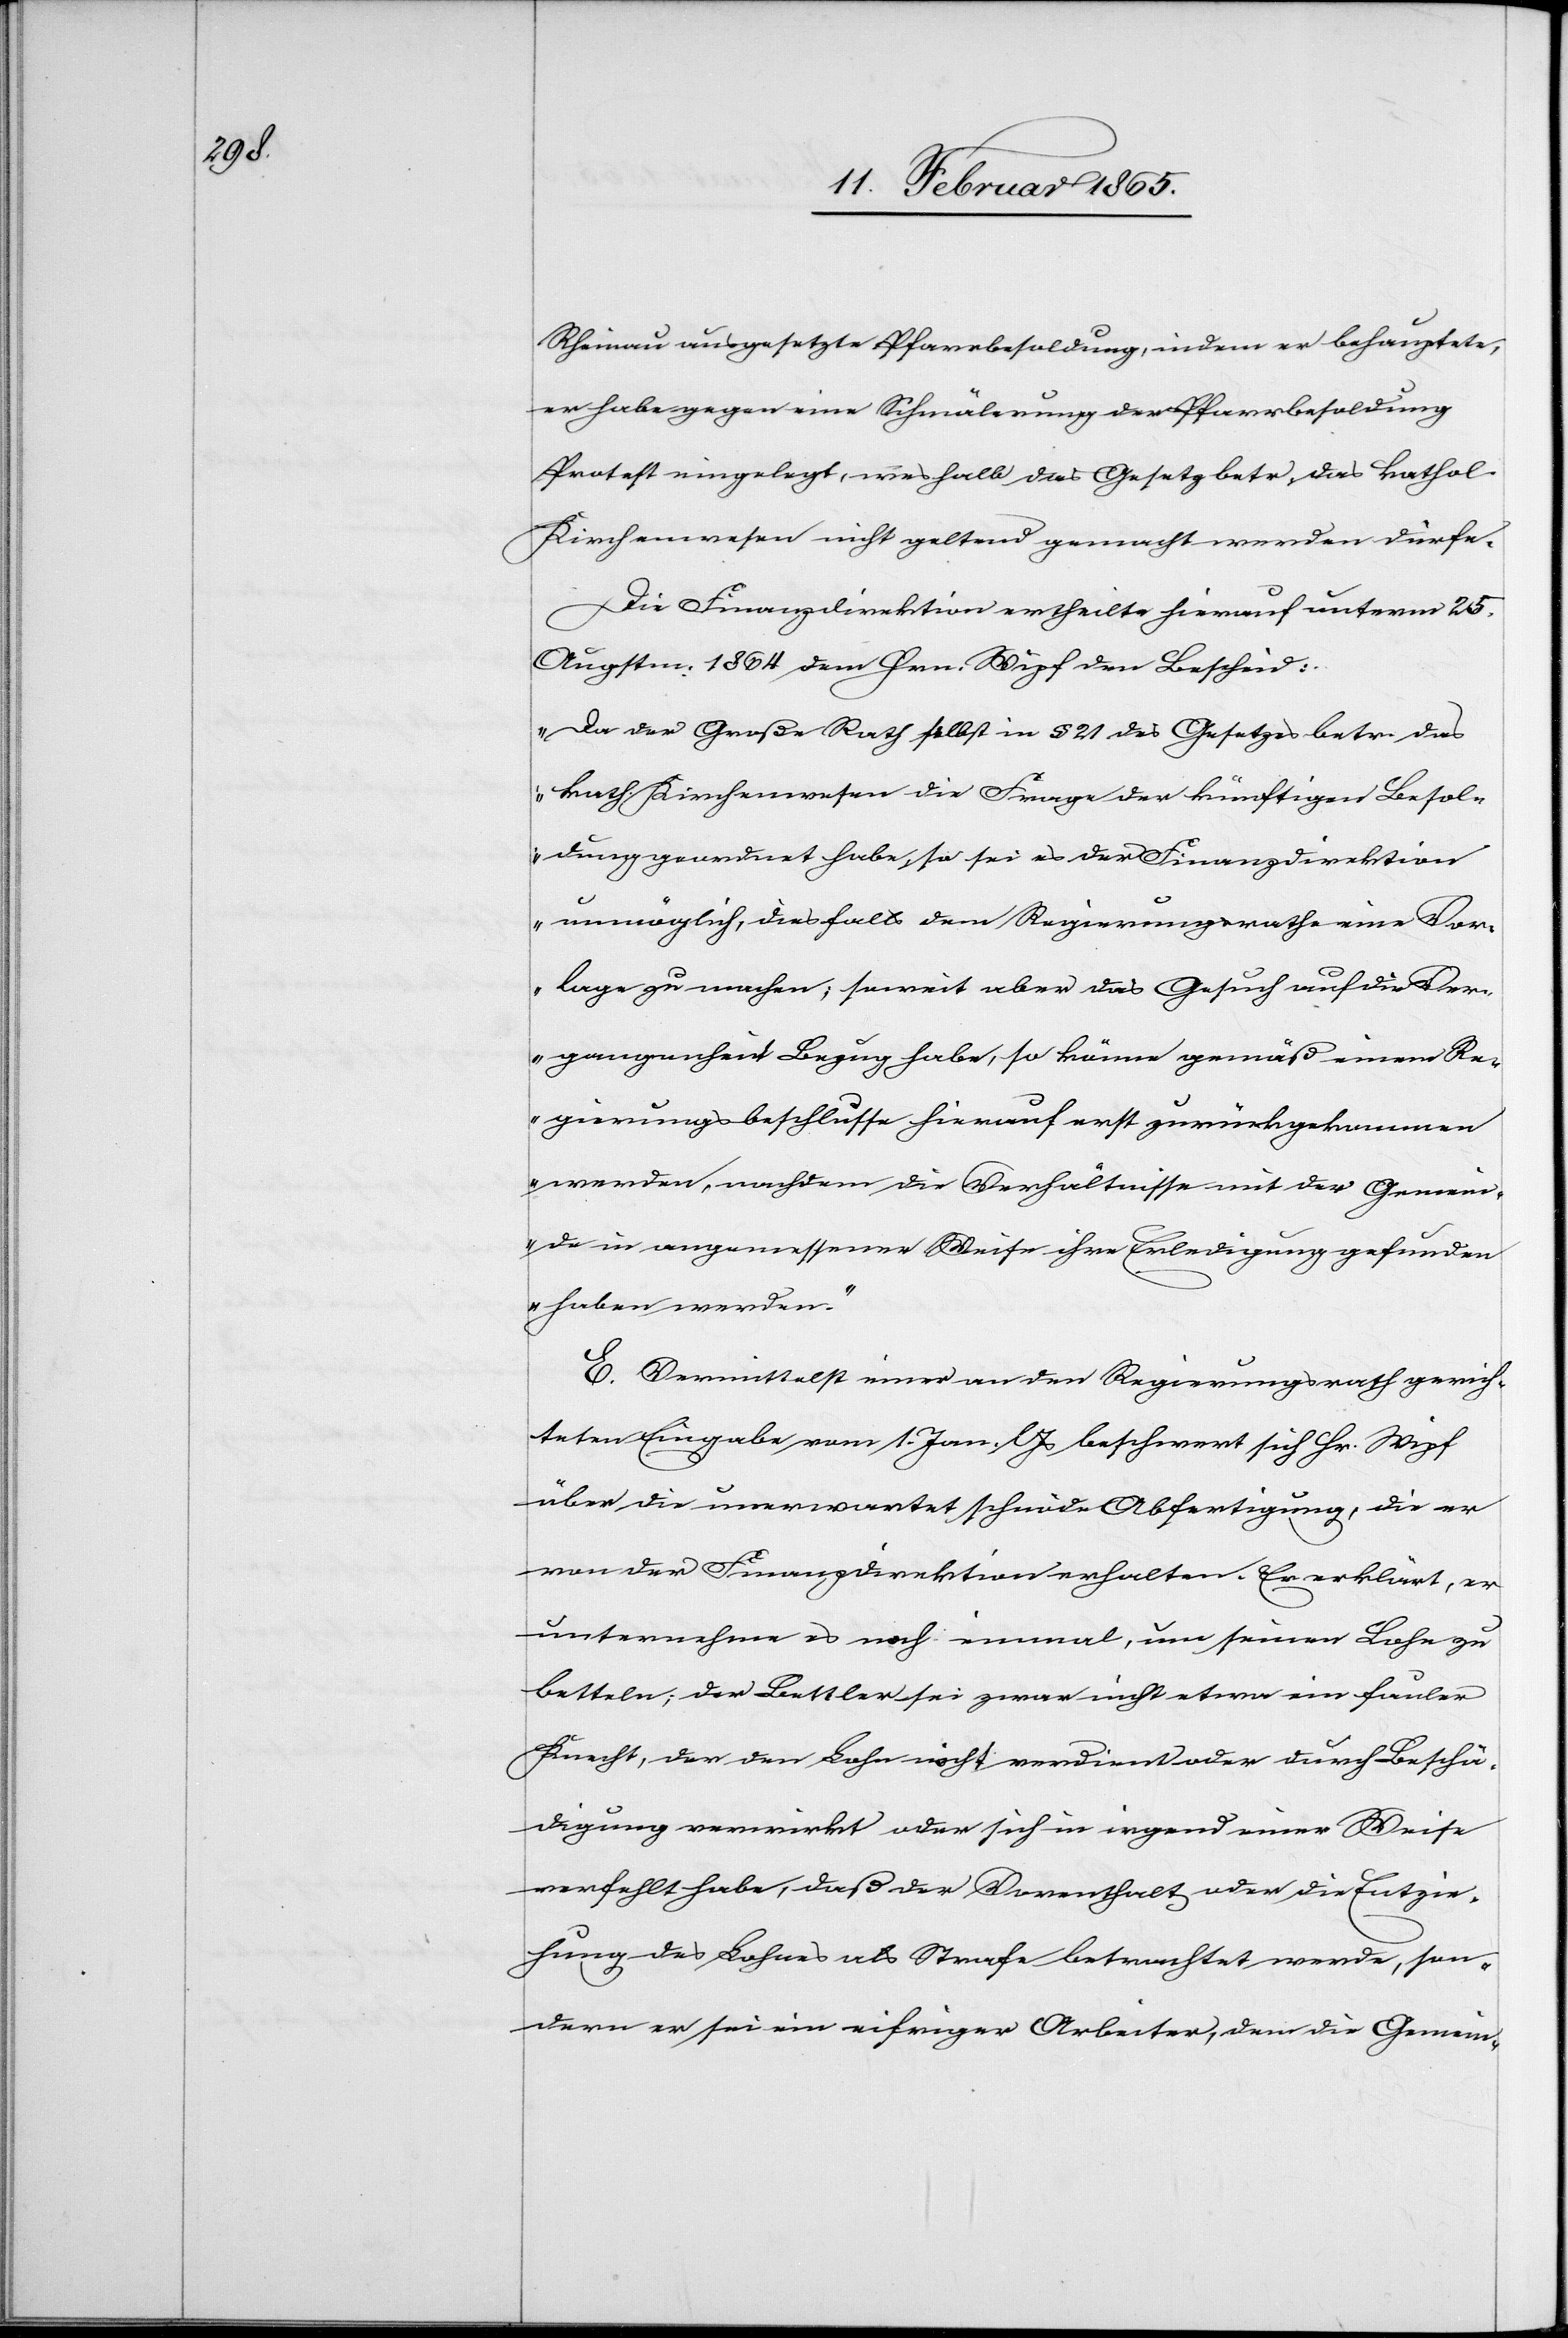
Rheinau ausgesetzte Pfarrbesoldung, indem er behauptete,
er habe gegen eine Schmälerung der Pfarrbesoldung
Protest eingelegt, weshalb das Gesetz betr. das kathol.
Kirchenwesen nicht geltend gemacht werden dürfe.
Die Finanzdirektion ertheilte hierauf unterm 25.
Augstm. 1864 dem Hrn. Wipf den Bescheid:
„Da der Große Rath selbst in § 21 des Gesetzes betr. das
kath. Kirchenwesen die Frage der künftigen Besol¬
dung geordnet habe, so sei es der Finanzdirektion
unmöglich, diesfalls dem Regierungsrathe eine Vor¬
lage zu machen; soweit aber das Gesuch auf die Ver¬
gangenheit Bezug habe, so könne gemäß einem Re¬
gierungsbeschlusse hierauf erst zurückgekommen
werden, nachdem die Verhältnisse mit der Gemein¬
de in angemessener Weise ihre Erledigung gefunden
haben werden.“
E. Vermittelst einer an den Regierungsrath gerich¬
teten Eingabe vom1. Jan. l Js beschwert sich Hr. Wipf
über die unerwartet schnöde Abfertigung, die er
von der Finanzdirektion erhalten. Er erklärt, er
unternehme es noch einmal, um seinen Lohn zu
betteln; der Bettler sei zwar nicht etwa ein fauler
Knecht, der den Lohn nicht verdient oder durch Beschä¬
digung verwirkt oder sich in irgend einer Weise
verfehlt habe, daß der Vorenthalt oder die Entzie¬
hung des Lohnes als Strafe betrachtet werde, son¬
dern er sei ein eifriger Arbeiter, dem die Gemein-